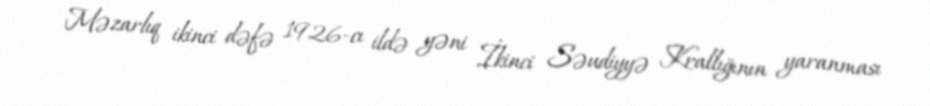
Məzarlıq ikinci dəfə 1926-cı ildə yəni İkinci Səudiyyə Krallığının yaranması